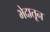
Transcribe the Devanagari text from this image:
भेदातून